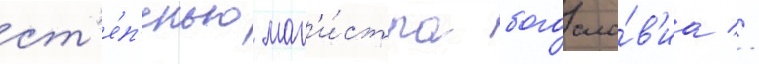
ст'е́п'енью маг'и́стра богосло́в'иа //